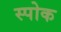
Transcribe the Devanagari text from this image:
स्‍पोक